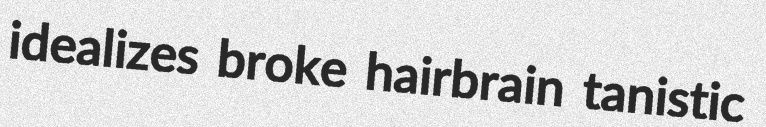
idealizes broke hairbrain tanistic